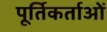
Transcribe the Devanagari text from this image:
पूर्तिकर्ताओं